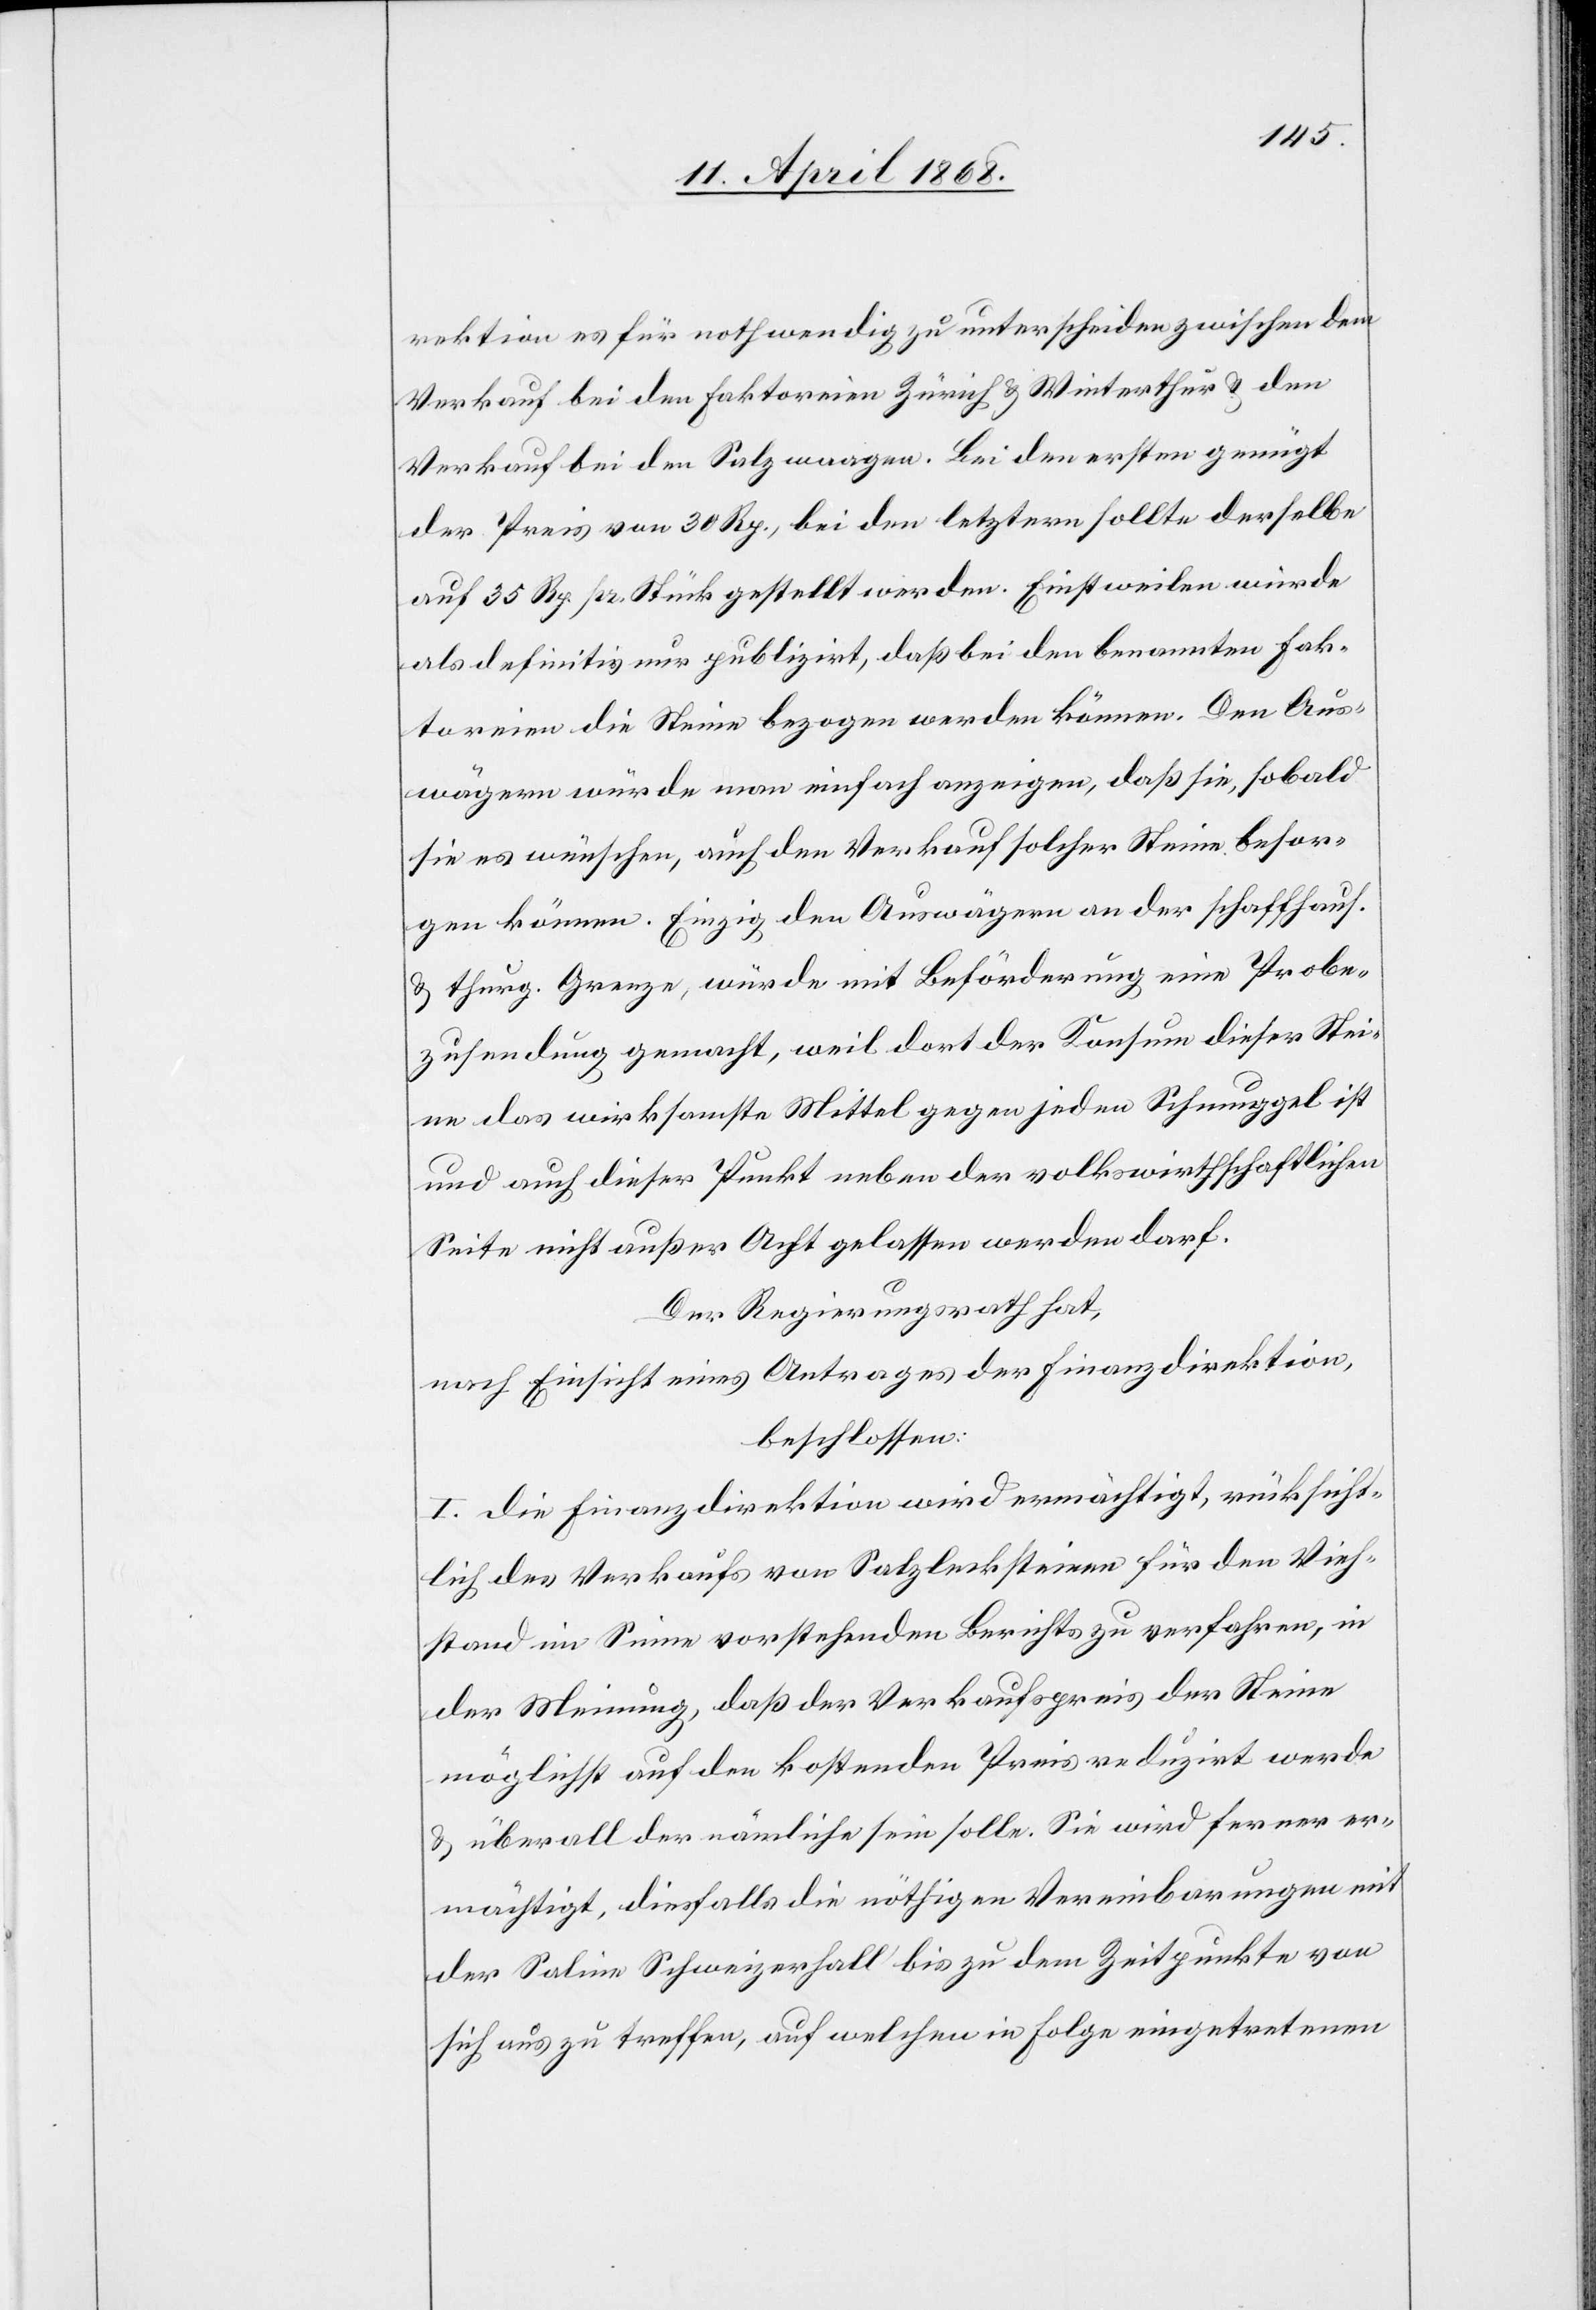
rektion es [sic!] für nothwendig zu unterscheiden zwischen dem
Verkauf bei den Faktoreien Zürich & Winterthur & den
Verkauf bei den Salzwaagen. Bei den ersten genügt
der Preis von 30 Rp., bei den letztern sollte derselbe
auf 35 Rp. pr. Stück gestellt werden. Einstweilen würde
als definitiv nur publizirt, daß bei den benannten Fak¬
toreien die Steine bezogen werden können. Den Aus¬
wägern würde man einfach anzeigen, daß sie, sobald
sie es wünschen, auch den Verkauf solcher Steine besor¬
gen können. Einzig den Auswägern an der schaffhaus.
& thurg. Grenze, würde mit Beförderung eine Probe¬
zusendung gemacht, weil dort der Konsum dieser Stei¬
ne das wirksamste Mittel gegen jeden Schmuggel ist
und auch dieser Punkt neben der volkswirthschaftlichen
Seite nicht außer Acht gelassen werden darf.
Der Regierungsrath hat,
nach Einsicht eines Antrages der Finanzdirektion,
beschlossen:
I. Die Finanzdirektion wird ermächtigt, rücksicht¬
lich des Verkaufs von Salzlecksteinen für den Vieh¬
stand im Sinne vorstehenden Berichts zu verfahren, in
der Meinung, daß der Verkaufspreis der Steine
möglichst auf den kostenden Preis reduzirt werde
& überall der nämliche sein solle. Sie wird ferner er¬
mächtigt, diesfalls die nöthigen Vereinbarungen mit
der Saline Schweizerhall bis zu dem Zeitpunkte von
sich aus zu treffen, auf welchen in Folge eingetretenen